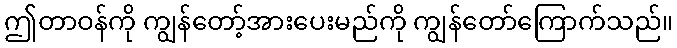
ဤတာဝန်ကို ကျွန်တော့်အားပေးမည်ကို ကျွန်တော်ကြောက်သည်။